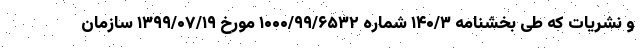
و نشریات که طی بخشنامه ۱۴۰/۳ شماره ۱۰۰۰/۹۹/۶۵۳۲ مورخ ۱۳۹۹/۰۷/۱۹ سازمان